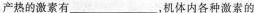
产热的激素有___，机体内各种激素的